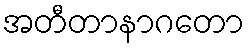
အတီတာနာဂတော